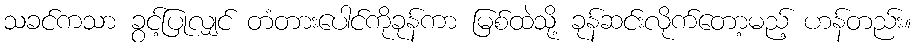
သခင်ကသာ ခွင့်ပြုလျှင် တံတားပေါင်ကိုခုန်ကာ မြစ်ထဲသို့ ခုန်ဆင်းလိုက်တော့မည့် ဟန်တည်း။